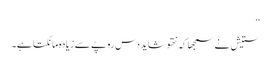
‘‘
ستیش نے سمجھا کہ نتھو شاید دس روپے سے زیادہ مانگتا ہے۔